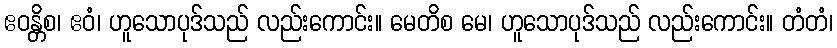
ဧဝန္တိစ၊ ဧဝံ၊ ဟူသောပုဒ်သည် လည်းကောင်း။ မေတိစ မေ၊ ဟူသောပုဒ်သည် လည်းကောင်း။ တံတံ၊